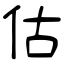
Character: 估